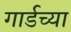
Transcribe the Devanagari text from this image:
गार्डच्या